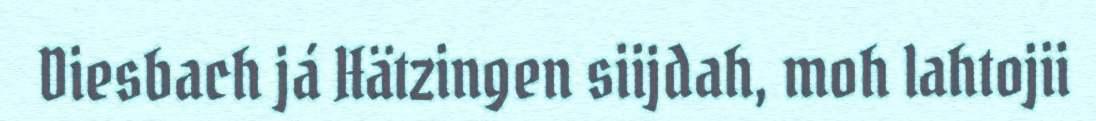
Diesbach já Hätzingen siijdah, moh lahtojii